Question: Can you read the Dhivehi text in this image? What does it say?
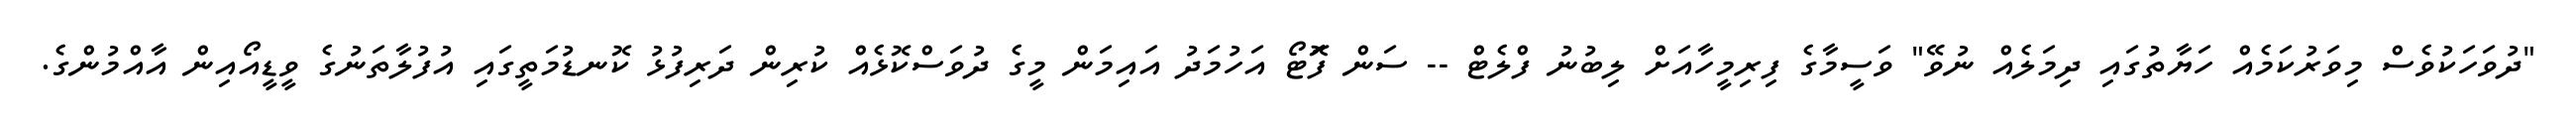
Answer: "ދުވަހަކުވެސް މިވަރުކަމެއް ހަޔާތުގައި ދިމަލެއް ނުވޭ" ވަސީމާގެ ފިރިމީހާއަށް ލިބުނު ފްލެޓް -- ސަން ފޮަަަަޓޯ އަހުމަދު އައިމަން މީގެ ދުވަސްކޮޅެއް ކުރިން ދަރިފުޅު ކޮނޑުމަތީގައި އުފުލާތަނުގެ ވީޑީއޯއިން އާއްމުންގެ.